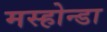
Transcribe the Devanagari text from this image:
मस्होन्डा